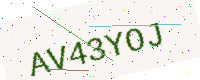
Text: AV43YOJ